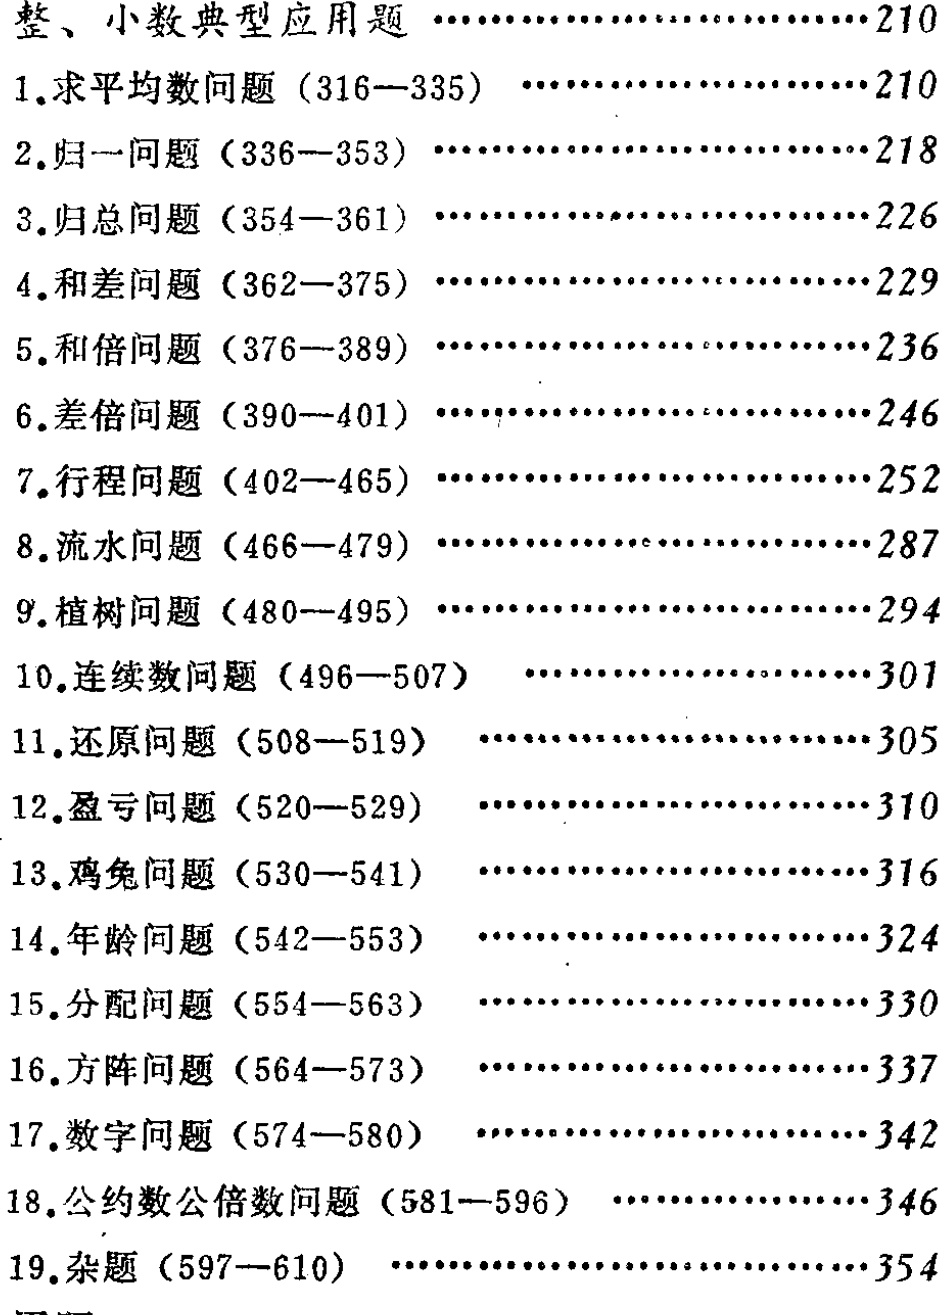
\begin{enumerate}

\item 整、小数典型应用题 \hfill 210

\begin{enumerate}

\item 求平均数问题（316—335） \hfill 210

\item 归一问题（336—353） \hfill 218

\item 归总问题（354—361） \hfill 226

\item 和差问题（362—375） \hfill 229

\item 和倍问题（376—389） \hfill 236

\item 差倍问题（390—401） \hfill 246

\item 行程问题（402—465） \hfill 252

\item 流水问题（466—479） \hfill 287

\item 植树问题（480—495） \hfill 294

\item 连续数问题（496—507） \hfill 301

\item 还原问题（508—519） \hfill 305

\item 盈亏问题（520—529） \hfill 310

\item 鸡兔问题（530—541） \hfill 316

\item 年龄问题（542—553） \hfill 324

\item 分配问题（554—563） \hfill 330

\item 方阵问题（564—573） \hfill 337

\item 数字问题（574—580） \hfill 342

\item 公约数公倍数问题（581—596） \hfill 346

\item 杂题（597—610） \hfill 354

\end{enumerate}

\end{enumerate}